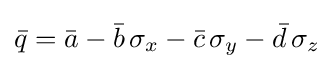
{\bar {q}}={\bar {a}}-{\bar {b}}\,\mathbf {\sigma } _{x}-{\bar {c}}\,\mathbf {\sigma } _{y}-{\bar {d}}\,\mathbf {\sigma } _{z}